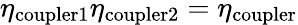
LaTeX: \eta_{\mathrm{coupler1}}\eta_{\mathrm{coupler2}}=\eta_{\mathrm{coupler}}